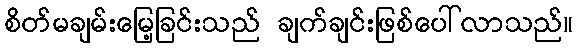
စိတ်မချမ်းမြေ့ခြင်းသည် ချက်ချင်းဖြစ်ပေါ်လာသည်။